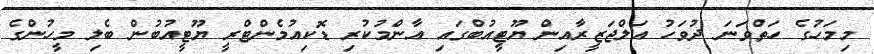
މިމަހުގެ ހަތްވަނަ ދުވަހު އަލްޖަޒީރާއިން ޔޫޓީއުބްގައި އާންމުކުރި ޑޮކިއުމެންޓްރީ ޔޫޓީއުބުން ބެލި މީހުންގެ